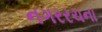
નગરરચના